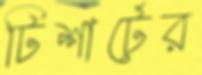
টিশার্টের